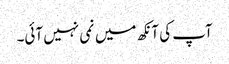
آپ کی آنکھ میں نمی نہیں آئی۔